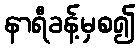
နာရီခန့်မှစ၍